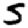
Digit: 5